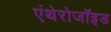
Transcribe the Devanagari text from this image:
एंथेरोजॉइड